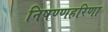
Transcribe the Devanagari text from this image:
निषण्णहरिणा